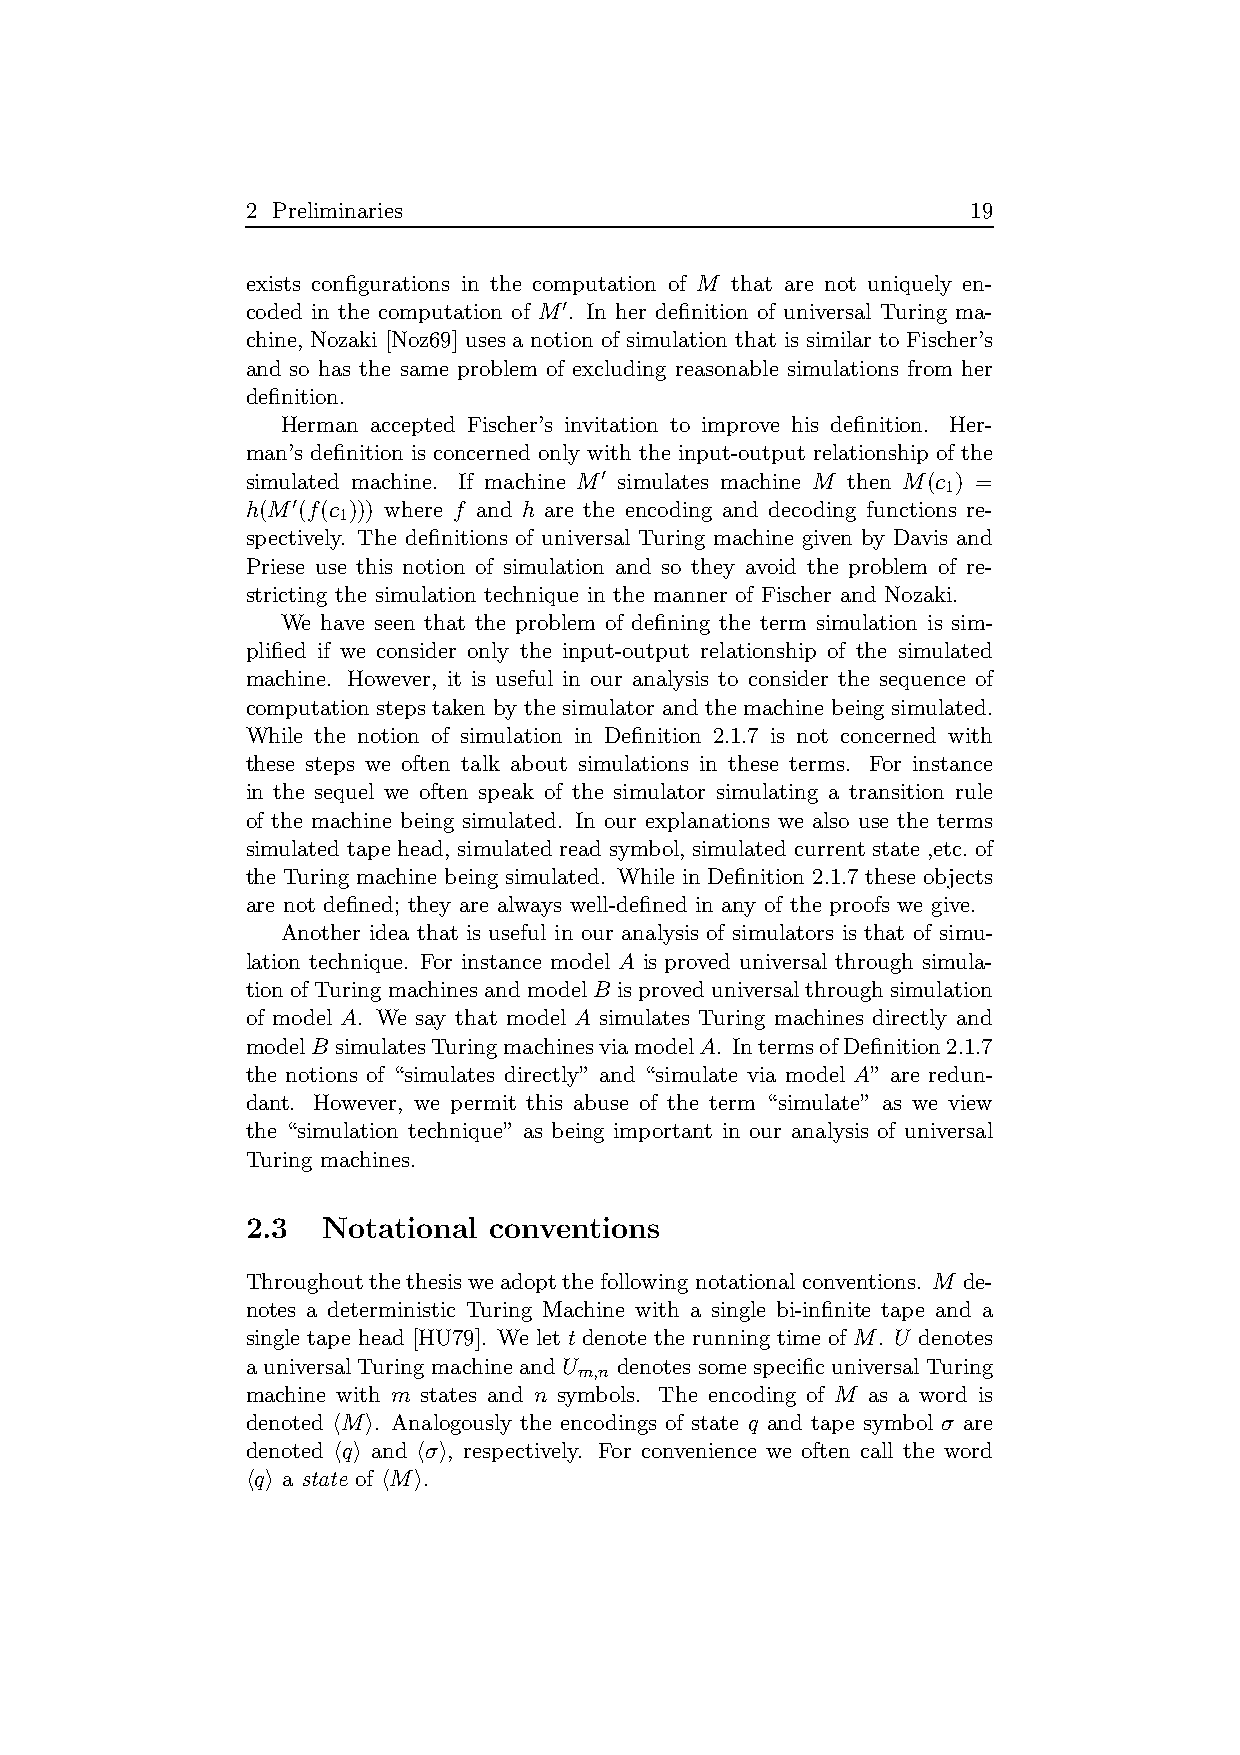
2 Preliminaries                                 19
 exists configurations in the computation of M that are not uniquely en-
 coded in the computation of M′. In her definition of universal Turing ma-
 chine, Nozaki [Noz69] uses a notion of simulation that is similar to Fischer’s
 and so has the same problem of excluding reasonable simulations from her
 definition.
 Herman accepted Fischer’s invitation to improve his definition. Her-
 man’s definition is concerned only with the input-output relationship of the
 simulated machine. If machine M′ simulates machine M then M(c ) =
 1
 h(M′(f(c ))) where f and h are the encoding and decoding functions re-
 1
 spectively. The definitions of universal Turing machine given by Davis and
 Priese use this notion of simulation and so they avoid the problem of re-
 stricting the simulation technique in the manner of Fischer and Nozaki.
 We have seen that the problem of defining the term simulation is sim-
 plified if we consider only the input-output relationship of the simulated
 machine. However, it is useful in our analysis to consider the sequence of
 computation steps taken by the simulator and the machine being simulated.
 While the notion of simulation in Definition 2.1.7 is not concerned with
 these steps we often talk about simulations in these terms. For instance
 in the sequel we often speak of the simulator simulating a transition rule
 of the machine being simulated. In our explanations we also use the terms
 simulated tape head, simulated read symbol, simulated current state ,etc. of
 the Turingmachine being simulated. While in Definition 2.1.7 these objects
 are not defined; they are always well-defined in any of the proofs we give.
 Another idea that is useful in our analysis of simulators is that of simu-
 lation technique. For instance model A is proved universal through simula-
 tion ofTuringmachinesandmodelB isproved universalthroughsimulation
 of model A. We say that model A simulates Turing machines directly and
 modelB simulatesTuringmachinesviamodelA. IntermsofDefinition2.1.7
 the notions of “simulates directly” and “simulate via model A” are redun-
 dant. However, we permit this abuse of the term “simulate” as we view
 the “simulation technique” as being important in our analysis of universal
 Turing machines.
 2.3  Notational conventions
 Throughoutthethesisweadoptthefollowingnotationalconventions. M de-
 notes a deterministic Turing Machine with a single bi-infinite tape and a
 single tape head [HU79]. We let t denote the runningtime of M. U denotes
 a universal Turing machine and U denotes some specific universal Turing
 m,n
 machine with m states and n symbols. The encoding of M as a word is
 denoted hMi. Analogously the encodings of state q and tape symbol σ are
 denoted hqi and hσi, respectively. For convenience we often call the word
 hqi a state of hMi.